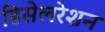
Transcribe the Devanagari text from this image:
डिसेलरेशन